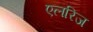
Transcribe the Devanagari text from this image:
एलरिज